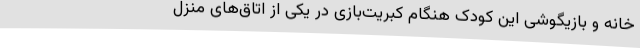
خانه و بازیگوشی این کودک هنگام کبریت‌بازی در یکی از اتاق‌های منزل